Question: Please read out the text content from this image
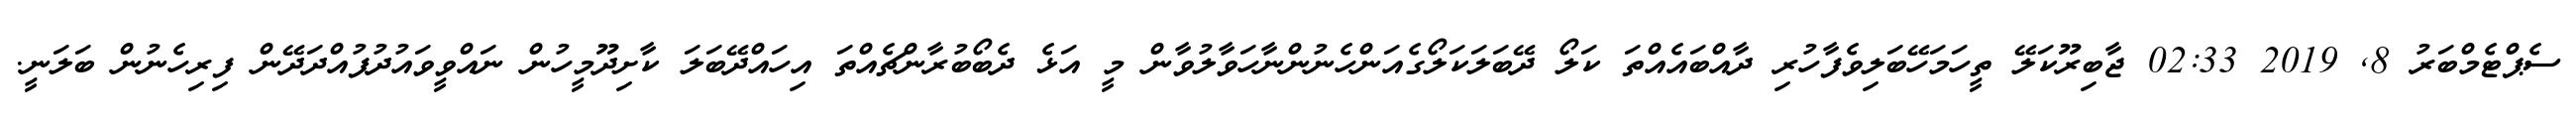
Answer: ސެޕްޓެމްބަރު 8, 2019 02:33 ޖާބިރޫކަލޭ ތީހަމަހޭބަލިވެފާހުރި ދާއްބައެއްތަ ކަލޯ ދޭބަލަކަލޯގެއަންހެނުންނާހަވާލުވާން މީ އަޅެ ދެބޯބުރާންޗެއްތަ އިހައްދޭބަލަ ކާށިދޫމީހުން ނައްވީވައުދުފުއްދަދޭން ފިރިހެނުން ބަލަނީ.